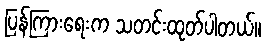
ပြန်ကြားရေးက သတင်းထုတ်ပါတယ်။